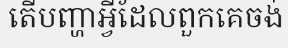
តើបញ្ហាអ្វីដែលពួកគេចង់